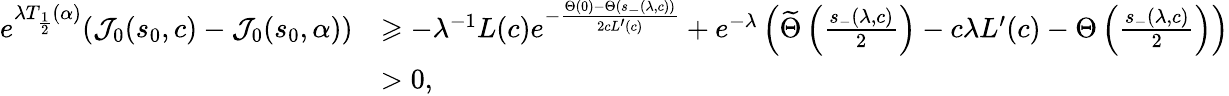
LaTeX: \begin{array}{rl}{e^{\lambda T_{\frac 12}(\alpha)}(\mathcal{J}_{0}(s_{0},c)-\mathcal{J}_{0}(s_{0},\alpha))}&{\geqslant-\lambda^{-1}L(c)e^{-\frac{{\Theta}(0)-{\Theta}(s_{-}(\lambda,c))}{2cL^{\prime}(c)}}+e^{-\lambda}\left(\widetilde{\Theta}\left(\frac{s_{-}(\lambda,c)}2\right)-c\lambda L^{\prime}(c)-{\Theta}\left(\frac{s_{-}(\lambda,c)}2\right)\right)}\\ &{>0,}\end{array}